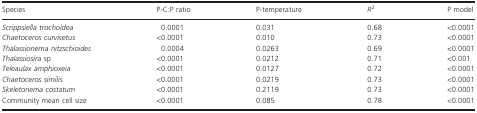
<table><thead><tr><td><b>Species</b></td><td><b>P-C:P ratio</b></td><td><b>P-temperature</b></td><td><b><i>R</i><sup>2</sup></b></td><td><b>P model</b></td></tr></thead><tbody><tr><td><i>Scrippsiella trochoidea</i></td><td>0.0001</td><td>0.031</td><td>0.68</td><td>&lt;0.0001</td></tr><tr><td><i>Chaetoceros curvisetus</i></td><td>&lt;0.0001</td><td>0.010</td><td>0.73</td><td>&lt;0.0001</td></tr><tr><td><i>Thalassionema nitzschioides</i></td><td>0.0004</td><td>0.0263</td><td>0.69</td><td>&lt;0.0001</td></tr><tr><td><i>Thalassiosira</i> sp</td><td>&lt;0.0001</td><td>0.0212</td><td>0.71</td><td>&lt;0.001</td></tr><tr><td><i>Teleaulax amphioxeia</i></td><td>&lt;0.0001</td><td>0.0127</td><td>0.72</td><td>&lt;0.0001</td></tr><tr><td><i>Chaetoceros similis</i></td><td>&lt;0.0001</td><td>0.0219</td><td>0.73</td><td>&lt;0.0001</td></tr><tr><td><i>Skeletonema costatum</i></td><td>&lt;0.0001</td><td>0.2119</td><td>0.73</td><td>&lt;0.0001</td></tr><tr><td>Community mean cell size</td><td>&lt;0.0001</td><td>0.085</td><td>0.78</td><td>&lt;0.0001</td></tr></tbody></table>